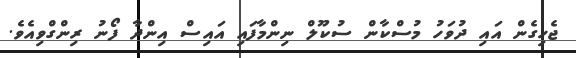
ޖެހިގެން އައި ދުވަހު މުސްކާން ސުކޫލް ނިންމާފައި އައިސް އިންދާ ފޯނު ރިންގްވިއެވެ.